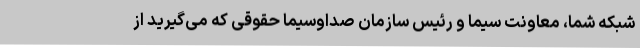
شبکه شما، معاونت سیما و رئیس سازمان صداوسیما حقوقی که می‌گیرید از